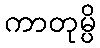
ကာတုမ္ပိ